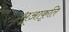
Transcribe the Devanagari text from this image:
भूआकृति